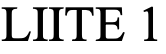
LIITE 1